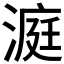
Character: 𪶹